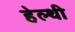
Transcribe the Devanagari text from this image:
हेल्थी